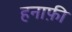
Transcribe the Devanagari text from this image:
हनाफ़ी